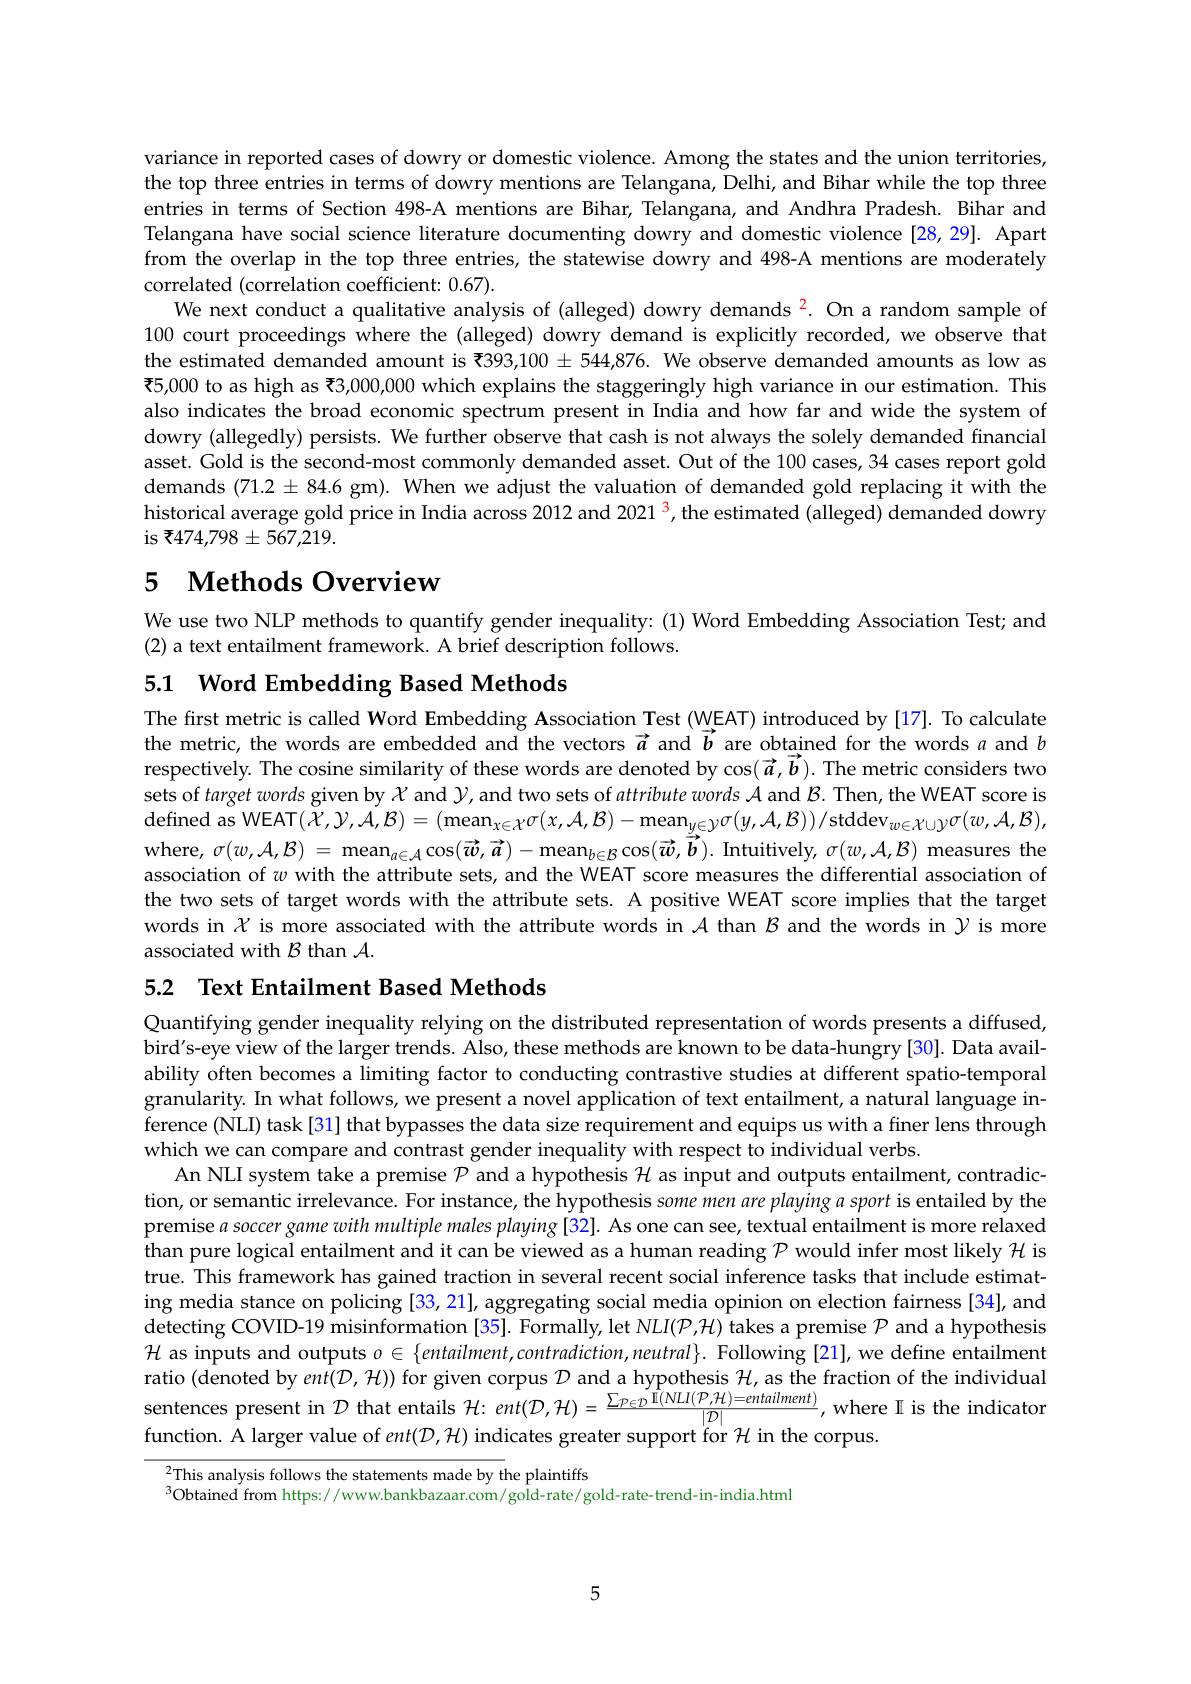
variance in reported cases of dowry or domestic violence. Among the states and the union territories, the top three entries in terms of dowry mentions are Telangana, Delhi, and Bihar while the top three entries in terms of Section 498-A mentions are Bihar, Telangana, and Andhra Pradesh. Bihar and Telangana have social science literature documenting dowry and domestic violence [28,29]. Apart from the overlap in the top three entries, the statewise dowry and 498-A mentions are moderately correlated (correlation coefficient: 0.67).
We next conduct a qualitative analysis of (alleged) dowry demands $^{\color{red}2}.$ On a random sample of 100 court proceedings where the (alleged) dowry demand is explicitly recorded, we observe that the estimated demanded amount is ₹393,$100\pm544,876.$ We observe demanded amounts as low as ₹ 5, 000 to as high as ₹ 3, 000, 000 which explains the staggeringly high variance in our estimation. This also indicates the broad economic spectrum present in India and how far and wide the system of dowry (allegedly) persists. We further observe that cash is not always the solely demanded financial asset. Gold is the second-most commonly demanded asset. Out of the 100 cases, 34 cases report gold demands (71.2 ± 84.6 gm). When we adjust the valuation of demanded gold replacing it with the historical average gold price in India across 2012 and 2021 $^{\color{red}3}$, the estimated (alleged) demanded dowry is ₹474,798±567,219.

# 5 $\textbf{Methods Overview}$

We use two NLP methods to quantify gender inequality: (1) Word Embedding Association Test; and
(2) a text entailment framework. A brief description follows.

5.1 Word Embedding Based Methods

The first metric is called Word Embedding Association Test (WEAT) introduced by[17]. To calculate the metric, the words are embedded and the vectors $\vec{a}$ and $\vec{b}$ are obtained for the words $a$ and $b$ respectively. The cosine similarity of these words are denoted by $\cos(\vec{a},\vec{b}).$ The metric considers two sets of target words given by $\chi$ and $\mathcal{Y}$, and two sets of $attribute\textit{words A and B. Then, the WEAT score is}$ defined as WEAT$( \bar{X} , \mathcal{Y} , \mathcal{A} , \mathcal{B} ) = ( \mathrm{mean}_{x\in \mathcal{X} }\sigma ( x, \mathcal{A} , \mathcal{B} ) - \mathrm{mean}_{y\in \mathcal{Y} }\sigma ( y, \mathcal{A} , \mathcal{B} ) ) / \mathrm{stddev}_{w\in \mathcal{X} \cup \mathcal{Y} }\sigma ( w, \mathcal{A} , \mathcal{B} ) $, where, $\sigma(w,\mathcal{A},\mathcal{B})=\max_{a\in\mathcal{A}}\cos(\vec{w},\vec{a})-\max_{b\in\mathcal{B}}\cos(\vec{w},\vec{\vec{b}}).$ Intuitively, $\sigma(w,\mathcal{A},\mathcal{B})$ measures the association of $w$ with the attribute sets, and the WEAT score measures the differential association of the two sets of target words with the attribute sets. A positive WEAT score implies that the target words in $\chi$ is more associated with the attribute words in $\mathcal{A}$ than $\mathcal{B}$ and the words in $\mathcal{Y}$ is more associated with $\mathcal{B}$ than $\mathcal{A}.$

## 5.2 Text Entailment Based Methods

Quantifying gender inequality relying on the distributed representation of words presents a diffused, bird's-eye view of the larger trends. Also, these methods are known to be data-hungry [30]. Data availability often becomes a limiting factor to conducting contrastive studies at different spatio-temporal granularity. In what follows, we present a novel application of text entailment, a natural language inference (NLI) task[31] that bypasses the data size requirement and equips us with a finer lens through which we can compare and contrast gender inequality with respect to individual verbs.
An NLI system take a premise $\mathcal{P}$ and a hypothesis $\mathcal{H}$ as input and outputs entailment, contradiction, or semantic irrelevance. For instance, the hypothesis some men are playing a sport is entailed by the premise $a\textit{soccer game with multiple males playing[ 32] . As one can see, textual entailment is more relaxed}$ than pure logical entailment and it can be viewed as a human reading $\mathcal{P}$ would infer most likely $\mathcal{H}$ is true. This framework has gained traction in several recent social inference tasks that include estimating media stance on policing [33, 21], aggregating social media opinion on election fairness [34], and detecting COVID-19 misinformation [35]. Formally, let NLI(P,H) takes a premise $\mathcal{P}$ and a hypothesis $\mathcal{H}$ as inputs and outputs $o\in\{entailment,contradiction,neutral\}.$ Following [21], we define entailment ratio ( denoted by ent( D, H) ) for given corpus $\mathcal{D}$ and a hypothesis $\mathcal{H} $,as the fraction of the individual sentences present in $\mathcal{D}$ that entails $\mathcal{H} : ent( \mathcal{D} , \mathcal{H} ) = \frac {\sum _{P\in \mathcal{D} }\mathcal{I} ( NLI( \mathcal{P} , \mathcal{H} ) = entailment) }{| D| }$,where I is the indicato function. A larger value of $ent(\mathcal{D},\mathcal{H})$ indicates greater support for $\mathcal{H}$ in the corpus.

This analysis follows the statements made by the plaintiffs
$^{3}$Obtained from https://www.bankbazaar.com/gold-rate/gold-rate-trend-in-india.html

5